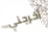
أخرجني